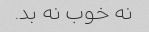
نه خوب نه بد.